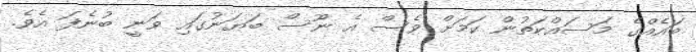
ބައެއްގެ މަސައްކަތުން ކަމަށް ވެސް އެ ނޫސް ބަޔަނުގައި ވަނީ ބުނެފަ އެވެ.